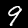
Digit: 9